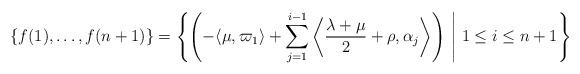
LaTeX: \begin{align*} \{f(1),\ldots,f(n+1)\} = \left\{\left(-\langle\mu,\varpi_1\rangle+\sum_{j=1}^{i-1}\left\langle\frac{\lambda+\mu}{2}+\rho,\alpha_j\right\rangle\right)^{}\ \middle\vert\ 1\leq i \leq n+1\right\}\end{align*}